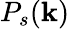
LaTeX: P_{s}(\mathbf{k})